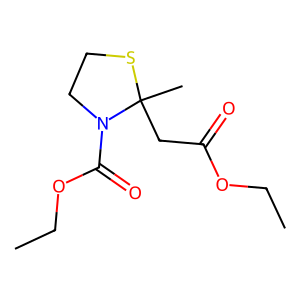
SMILES: CCOC(=O)CC1(C)SCCN1C(=O)OCC
Inhibits HIV replication: No